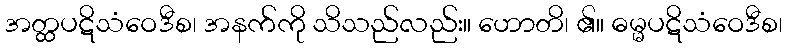
အတ္ထပဋိသံဝေဒီစ၊ အနက်ကို သိသည်လည်း။ ဟောတိ၊ ၏။ ဓမ္မပဋိသံဝေဒီစ၊